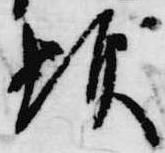
顕